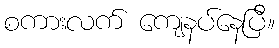
စကားလက် ကျေနပ်နေပြီ။